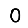
Digit: 0